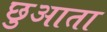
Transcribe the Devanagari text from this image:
छुआता